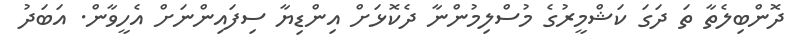
ދޮންބިލެތާ ތަ ދަގަ ކަޝްމީރުގެ މުސްލިމުންނާ ދެކޮޅަށް އިންޑިޔާ ސިފައިންނަށް އެހީވާން. އަބަދު